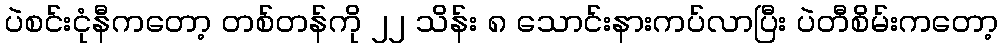
ပဲစင်းငုံနီကတော့ တစ်တန်ကို ၂၂ သိန်း ၈ သောင်းနားကပ်လာပြီး ပဲတီစိမ်းကတော့